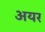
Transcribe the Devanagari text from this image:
अयर